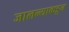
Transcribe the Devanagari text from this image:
जालन्याकडून